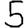
Digit: 5